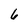
Character: 6